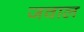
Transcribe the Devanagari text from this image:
जवाल